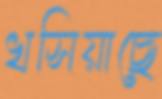
খসিয়াছে